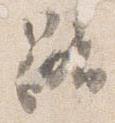
路